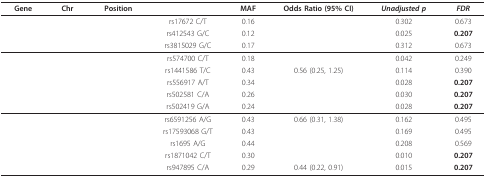
<table><thead><tr><td><b>Gene</b></td><td><b>Chr</b></td><td><b>Position</b></td><td>[EMPTY_CELL]</td><td><b>MAF</b></td><td><b>Odds Ratio (95% CI)</b></td><td><b><i>Unadjusted p</i></b></td><td><b><i>FDR</i></b></td></tr></thead><tbody><tr><td>[EMPTY_CELL]</td><td>[EMPTY_CELL]</td><td>[EMPTY_CELL]</td><td>rs17672 C/T</td><td>0.16</td><td>[EMPTY_CELL]</td><td>0.302</td><td>0.673</td></tr><tr><td>[EMPTY_CELL]</td><td>[EMPTY_CELL]</td><td>[EMPTY_CELL]</td><td>rs412543 G/C</td><td>0.12</td><td>[EMPTY_CELL]</td><td>0.025</td><td><b>0.207</b></td></tr><tr><td>[EMPTY_CELL]</td><td>[EMPTY_CELL]</td><td>[EMPTY_CELL]</td><td>rs3815029 G/C</td><td>0.17</td><td>[EMPTY_CELL]</td><td>0.312</td><td>0.673</td></tr><tr><td>[EMPTY_CELL]</td><td>[EMPTY_CELL]</td><td>[EMPTY_CELL]</td><td>rs574700 C/T</td><td>0.18</td><td>[EMPTY_CELL]</td><td>0.042</td><td>0.249</td></tr><tr><td>[EMPTY_CELL]</td><td>[EMPTY_CELL]</td><td>[EMPTY_CELL]</td><td>rs1441586 T/C</td><td>0.43</td><td>0.56 (0.25, 1.25)</td><td>0.114</td><td>0.390</td></tr><tr><td>[EMPTY_CELL]</td><td>[EMPTY_CELL]</td><td>[EMPTY_CELL]</td><td>rs556917 A/T</td><td>0.34</td><td>[EMPTY_CELL]</td><td>0.028</td><td><b>0.207</b></td></tr><tr><td>[EMPTY_CELL]</td><td>[EMPTY_CELL]</td><td>[EMPTY_CELL]</td><td>rs502581 C/A</td><td>0.26</td><td>[EMPTY_CELL]</td><td>0.030</td><td><b>0.207</b></td></tr><tr><td>[EMPTY_CELL]</td><td>[EMPTY_CELL]</td><td>[EMPTY_CELL]</td><td>rs502419 G/A</td><td>0.24</td><td>[EMPTY_CELL]</td><td>0.028</td><td><b>0.207</b></td></tr><tr><td>[EMPTY_CELL]</td><td>[EMPTY_CELL]</td><td>[EMPTY_CELL]</td><td>rs6591256 A/G</td><td>0.43</td><td>0.66 (0.31, 1.38)</td><td>0.162</td><td>0.495</td></tr><tr><td>[EMPTY_CELL]</td><td>[EMPTY_CELL]</td><td>[EMPTY_CELL]</td><td>rs17593068 G/T</td><td>0.43</td><td>[EMPTY_CELL]</td><td>0.169</td><td>0.495</td></tr><tr><td>[EMPTY_CELL]</td><td>[EMPTY_CELL]</td><td>[EMPTY_CELL]</td><td>rs1695 A/G</td><td>0.44</td><td>[EMPTY_CELL]</td><td>0.208</td><td>0.569</td></tr><tr><td>[EMPTY_CELL]</td><td>[EMPTY_CELL]</td><td>[EMPTY_CELL]</td><td>rs1871042 C/T</td><td>0.30</td><td>[EMPTY_CELL]</td><td>0.010</td><td><b>0.207</b></td></tr><tr><td>[EMPTY_CELL]</td><td>[EMPTY_CELL]</td><td>[EMPTY_CELL]</td><td>rs947895 C/A</td><td>0.29</td><td>0.44 (0.22, 0.91)</td><td>0.015</td><td><b>0.207</b></td></tr></tbody></table>